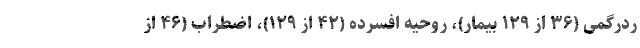
ردرگمی (۳۶ از ۱۲۹ بیمار)، روحیه افسرده (۴۲ از ۱۲۹)، اضطراب (۴۶ از